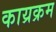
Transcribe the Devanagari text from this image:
काय्रक्रम